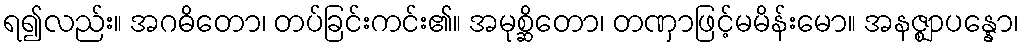
ရ၍လည်း။ အဂဓိတော၊ တပ်ခြင်းကင်း၏။ အမုစ္ဆိတော၊ တဏှာဖြင့်မမိန်းမော။ အနဇ္ဈာပန္နော၊